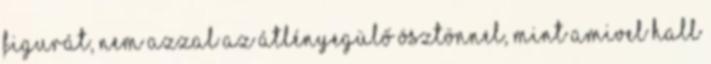
figurát, nem azzal az átlényegülő ösztönnel, mint amivel Hall